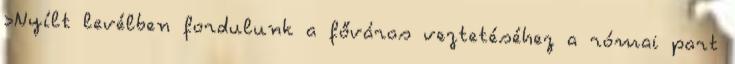
›Nyílt levélben fordulunk a főváros veztetéséhez a római part